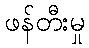
ဖန်တီးမှု